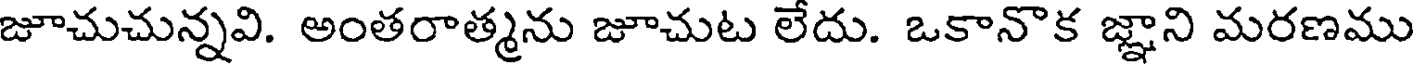
జూచుచున్నవి. అంతరాత్మను జూచుట లేదు. ఒకానొక జ్ఞాని మరణము